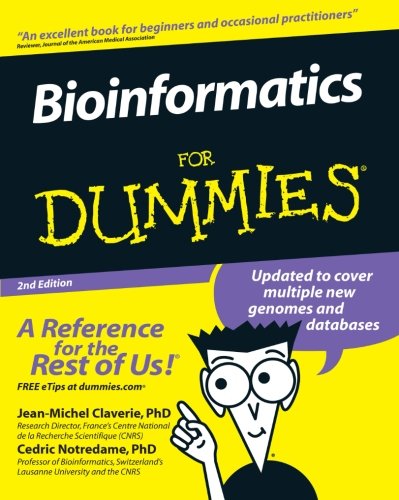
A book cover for Bioinformatics For Dummies; Jean-Michel Claverie; Computers & Technology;